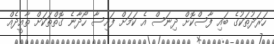
ހަރަދުތަކުގެ ބައި ފާސްކޮށް ދިނަސް އެ ކަމަށް ފައިސާ ހޯދާނެ ގޮތްތަކަށް ތާއީދެއް